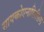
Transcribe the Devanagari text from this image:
सायकोएनालिसिस